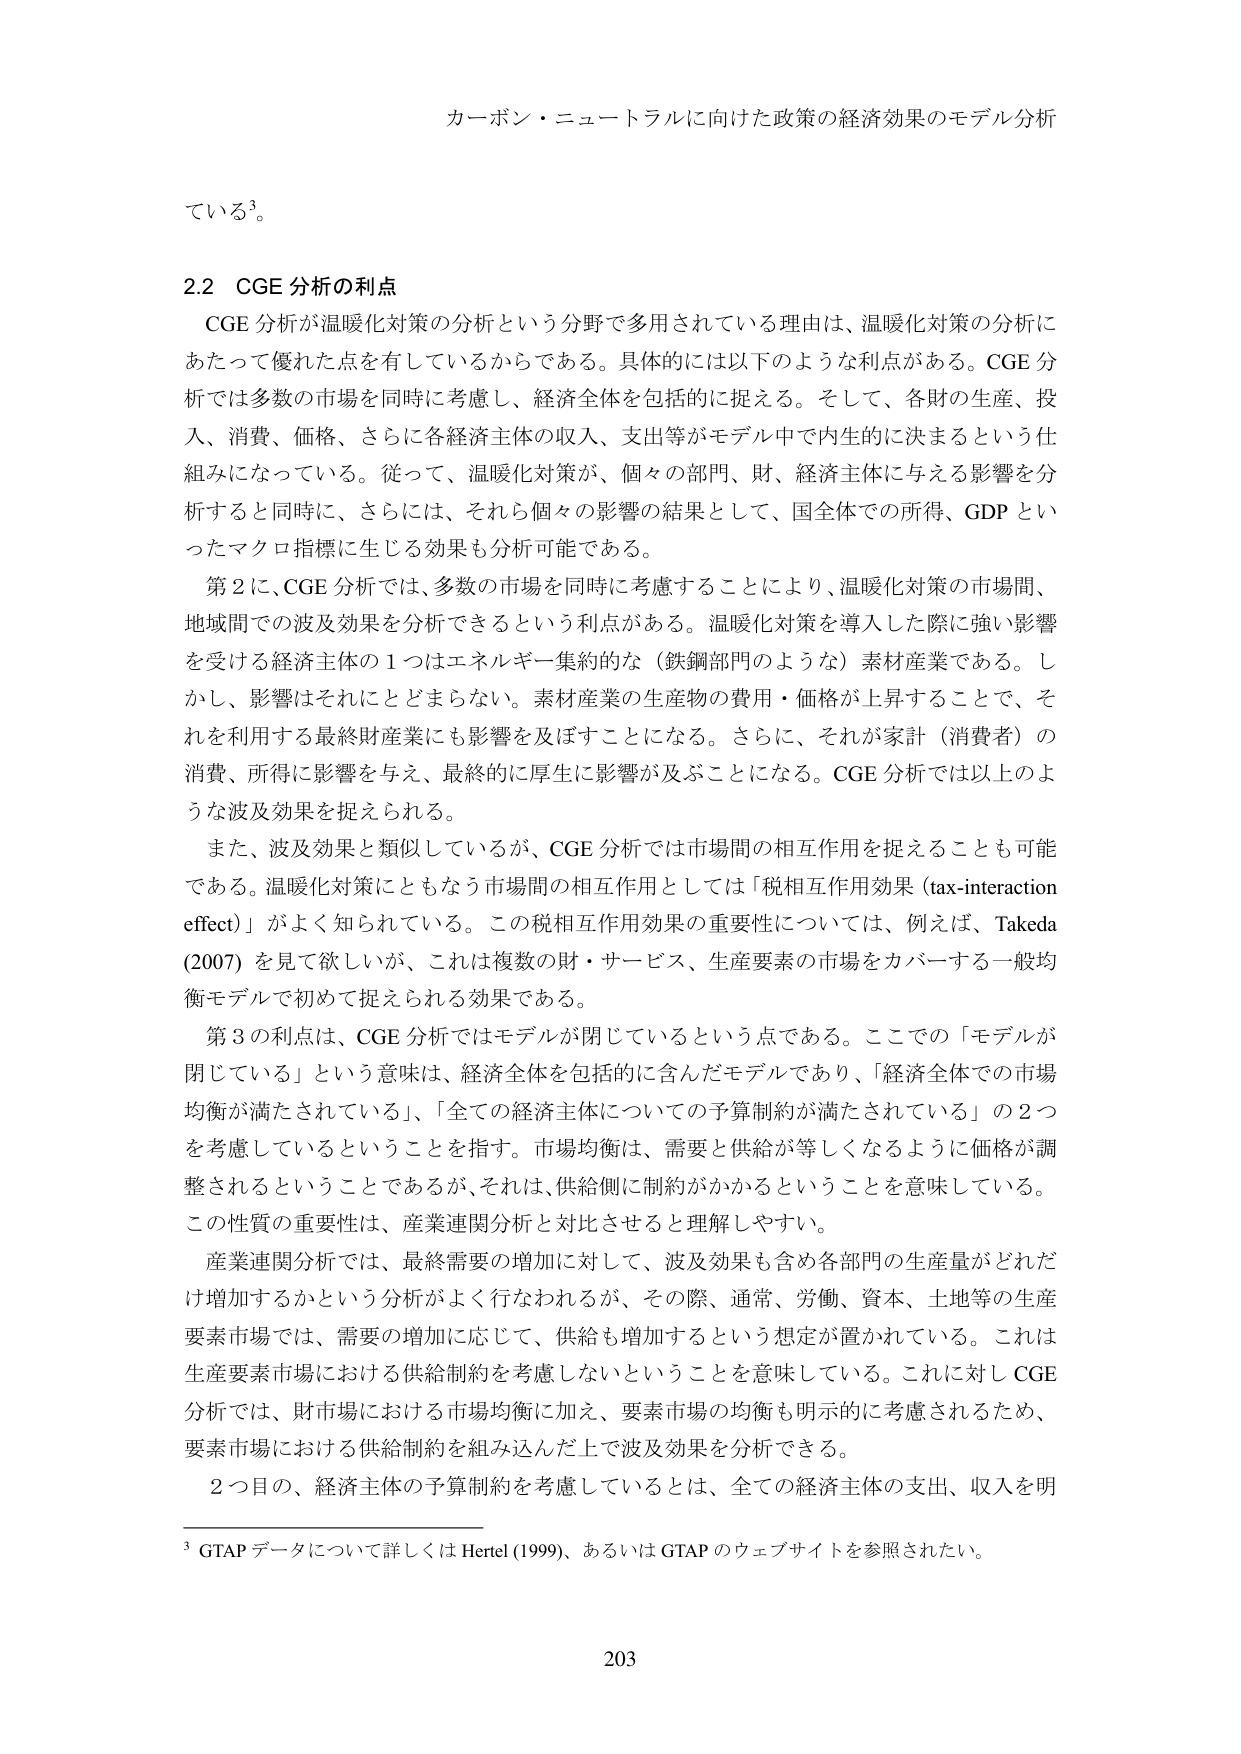
カーボン・ニュートラルに向けた政策の経済効果のモデル分析

ている³。

2.2 CGE 分析の利点
CGE 分析が温暖化対策の分析という分野で多用されている理由は、温暖化対策の分析に
あたって優れた点を有しているからである。具体的には以下のような利点がある。CGE 分
析では多数の市場を同時に考慮し、経済全体を包括的に捉える。そして、各財の生産、投
入、消費、価格、さらに各経済主体の収入、支出等がモデル中で内生的に決まるという仕
組みになっている。従って、温暖化対策が、個々の部門、財、経済主体に与える影響を分
析すると同時に、さらには、それら個々の影響の結果として、国全体での所得、GDP とい
ったマクロ指標に生じる効果も分析可能である。
第 2 に、CGE 分析では、多数の市場を同時に考慮することにより、温暖化対策の市場間、
地域間での波及効果を分析できるという利点がある。温暖化対策を導入した際に強い影響
を受ける経済主体の 1 つはエネルギー集約的な（鉄鋼部門のような）素材産業である。し
かし、影響はそれにとどまらない。素材産業の生産物の費用・価格が上昇することで、そ
れを利用する最終財産業にも影響を及ぼすことになる。さらに、それが家計（消費者）の
消費、所得に影響を与え、最終的に厚生に影響が及ぶことになる。CGE 分析では以上のよ
うな波及効果を捉えられる。
また、波及効果と類似しているが、CGE 分析では市場間の相互作用を捉えることも可能
である。温暖化対策にともなう市場間の相互作用としては「税相互作用効果（tax-interaction
effect）」がよく知られている。この税相互作用効果の重要性については、例えば、Takeda
(2007) を見て欲しいが、これは複数の財・サービス、生産要素の市場をカバーする一般均
衡モデルで初めて捉えられる効果である。
第 3 の利点は、CGE 分析ではモデルが閉じているという点である。ここでの「モデルが
閉じている」という意味は、経済全体を包括的に含んだモデルであり、「経済全体での市場
均衡が満たされている」、「全ての経済主体についての予算制約が満たされている」の 2 つ
を考慮しているということを指す。市場均衡は、需要と供給が等しくなるように価格が調
整されるということであるが、それは、供給側に制約がかかるということを意味している。
この性質の重要性は、産業連関分析と対比させると理解しやすい。
産業連関分析では、最終需要の増加に対して、波及効果も含め各部門の生産量がどれだ
け増加するかという分析がよく行なわれるが、その際、通常、労働、資本、土地等の生産
要素市場では、需要の増加に応じて、供給も増加するという想定が置かれている。これは
生産要素市場における供給制約を考慮しないということを意味している。これに対し CGE
分析では、財市場における市場均衡に加え、要素市場の均衡も明示的に考慮されるため、
要素市場における供給制約を組み込んだ上で波及効果を分析できる。
2 つ目の、経済主体の予算制約を考慮しているとは、全ての経済主体の支出、収入を明

³ GTAP データについて詳しくは Hertel (1999)、あるいは GTAP のウェブサイトを参照されたい。

203